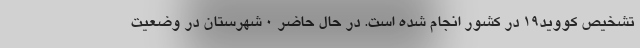
تشخیص کووید۱۹ در کشور انجام شده است. در حال حاضر ۰ شهرستان در وضعیت